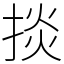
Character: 掞